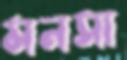
মনসা